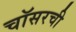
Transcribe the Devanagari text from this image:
चॉसरची